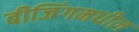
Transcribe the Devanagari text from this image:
बीजिंगमधील